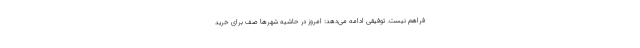
فراهم نیست. توفیقی ادامه می‌دهد: امروز در حاشیه شهرها صف برای خرید